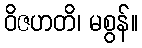
ဝိဇဟတိ၊ မစွန်။